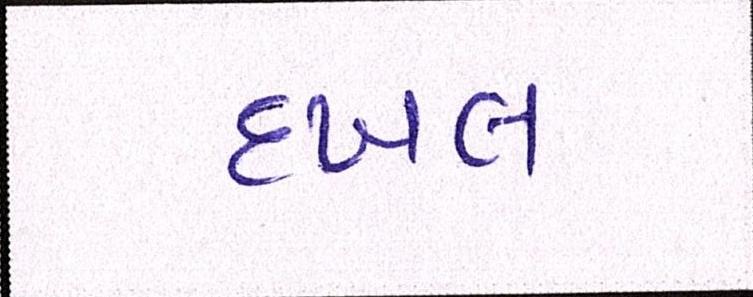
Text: દખલ